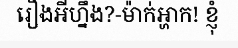
រឿងអីហ្នឹង?-ម៉ាក់អ្ហាក! ខ្ញុំ